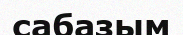
сабазым